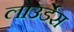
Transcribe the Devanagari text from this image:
लाउर्डेस